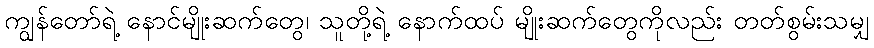
ကျွန်တော်ရဲ့ နောင်မျိုးဆက်တွေ၊ သူတို့ရဲ့ နောက်ထပ် မျိုးဆက်တွေကိုလည်း တတ်စွမ်းသမျှ